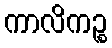
ကာလိကဉ္စ